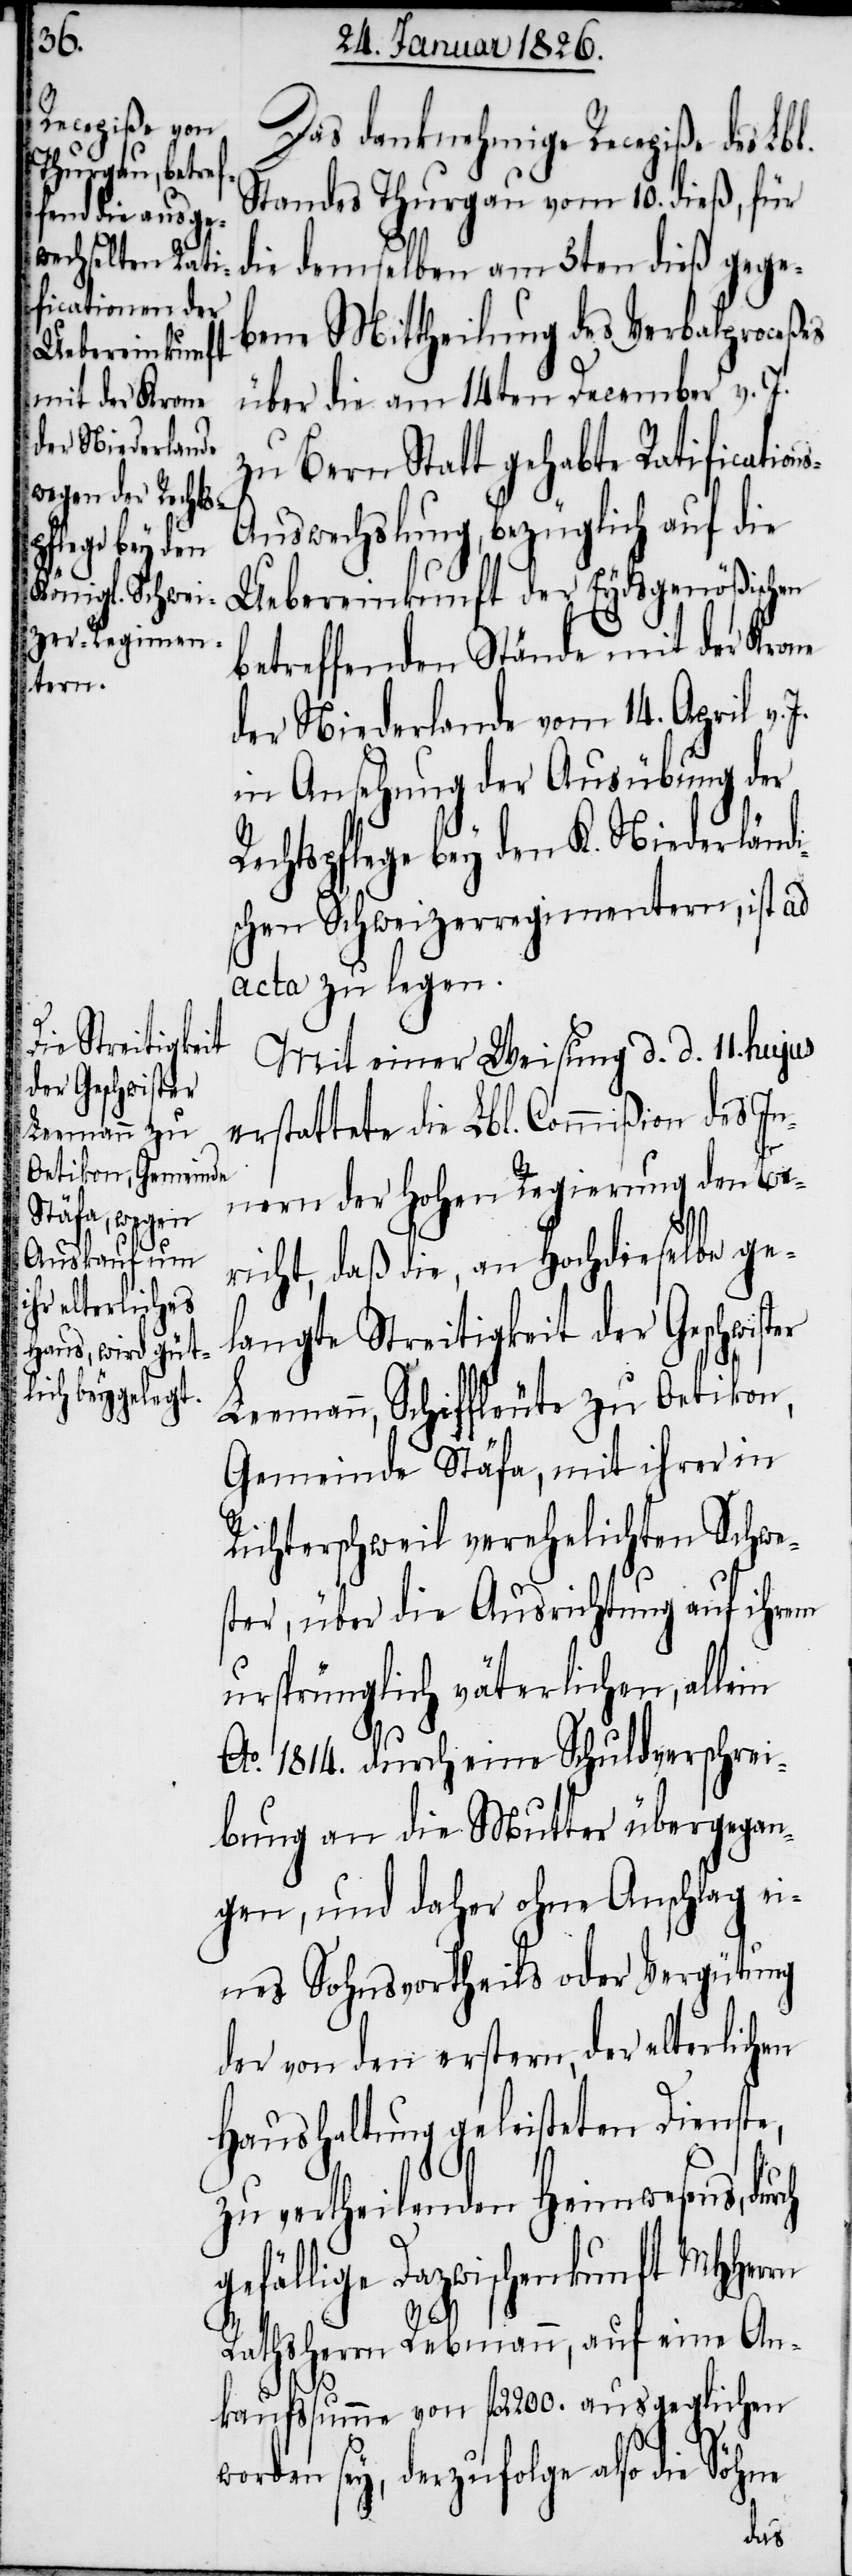
Das danknehmige Recepiße des Lbl.
Standes Thurgau vom 10. dieß, für
die demselben am 3ten dieß gege¬
bene Mittheilung des Verbalproceßes
über die am 14ten December v. J.
zu Bern Statt gehabte Ratification¬
s-Auswechslung, bezüglich auf die
Uebereinkunft der Eydsgenößischen
betreffenden Stände mit der Krone
der Niederlande vom 14. April v.
in Ansehung der Ausübung der
Rechtspflege bey den K. Niederländi¬
schen Schweizerregimentern, ist ad
acta zu legen.
Mit einer Weisung d. d. 11. hujus
erstattete die Lbl. Commißion des In¬
nern der hohen Regierung den Be¬
richt, daß die, an Hochdieselbe ge¬
langte Streitigkeit der Geschwist¬
Leemann, Schiffleute zu Oetikon,
Gemeinde Stäfa, mit ihrer in
Richterschweil verehelichten Schwe¬
ster, über die Ausrichtung auf ihrem
ursprünglich väterlichen, allein
Ao. 1814. durch eine Schuldverschrei¬
bung an die Mutter übergegan¬
gen, und daher ohne Anschlag ei¬
nes Sohnsvortheils oder Vergütung
der von den erstern, der elterlichen
Haushaltung geleisteten Dienste,
zu vertheilenden Heimwesens, durch
gefällige Dazwischenkunft MHHerrn
er
Rathsherrn Rebmann, auf eine An¬
kaufssumme von fl. 2200. ausgeglichen
worden sey, derzufolge also die Söhne